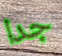
جدا